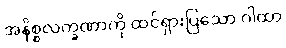
အနိစ္စလက္ခဏာကို ထင်ရှားပြသော ဂါထာ